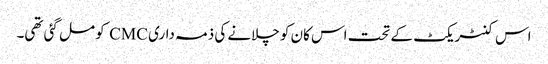
اس کنٹریکٹ کے تحت اس کان کو چلانے کی ذمہ داری CMC کو مل گئی تھی۔